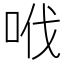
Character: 𠲎